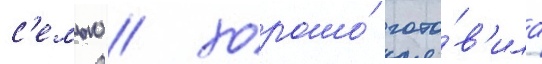
с'емью / хорошо́ гото́в'ила